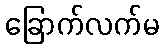
ခြောက်လက်မ